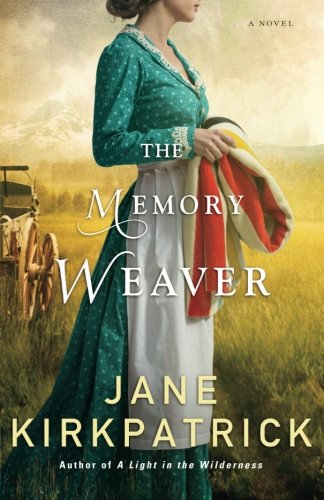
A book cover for The Memory Weaver: A Novel; Jane Kirkpatrick; Literature & Fiction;